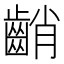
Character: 𪘞